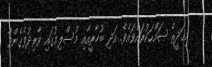
މިޙަދީޘް ޞައްޙަކުރައްވައެވެ. އަދި ބުޚާރީއާއި މުސްލިމުގައި ވާރިދުވެގެންވާ